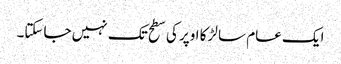
ایک عام سا لڑکا اوپر کی سطح تک نہیں جاسکتا۔